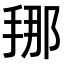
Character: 𭡇